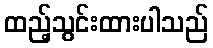
ထည့်သွင်းထားပါသည်